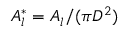
A _ { l } ^ { * } = A _ { l } / ( \pi D ^ { 2 } )